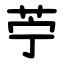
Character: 苧